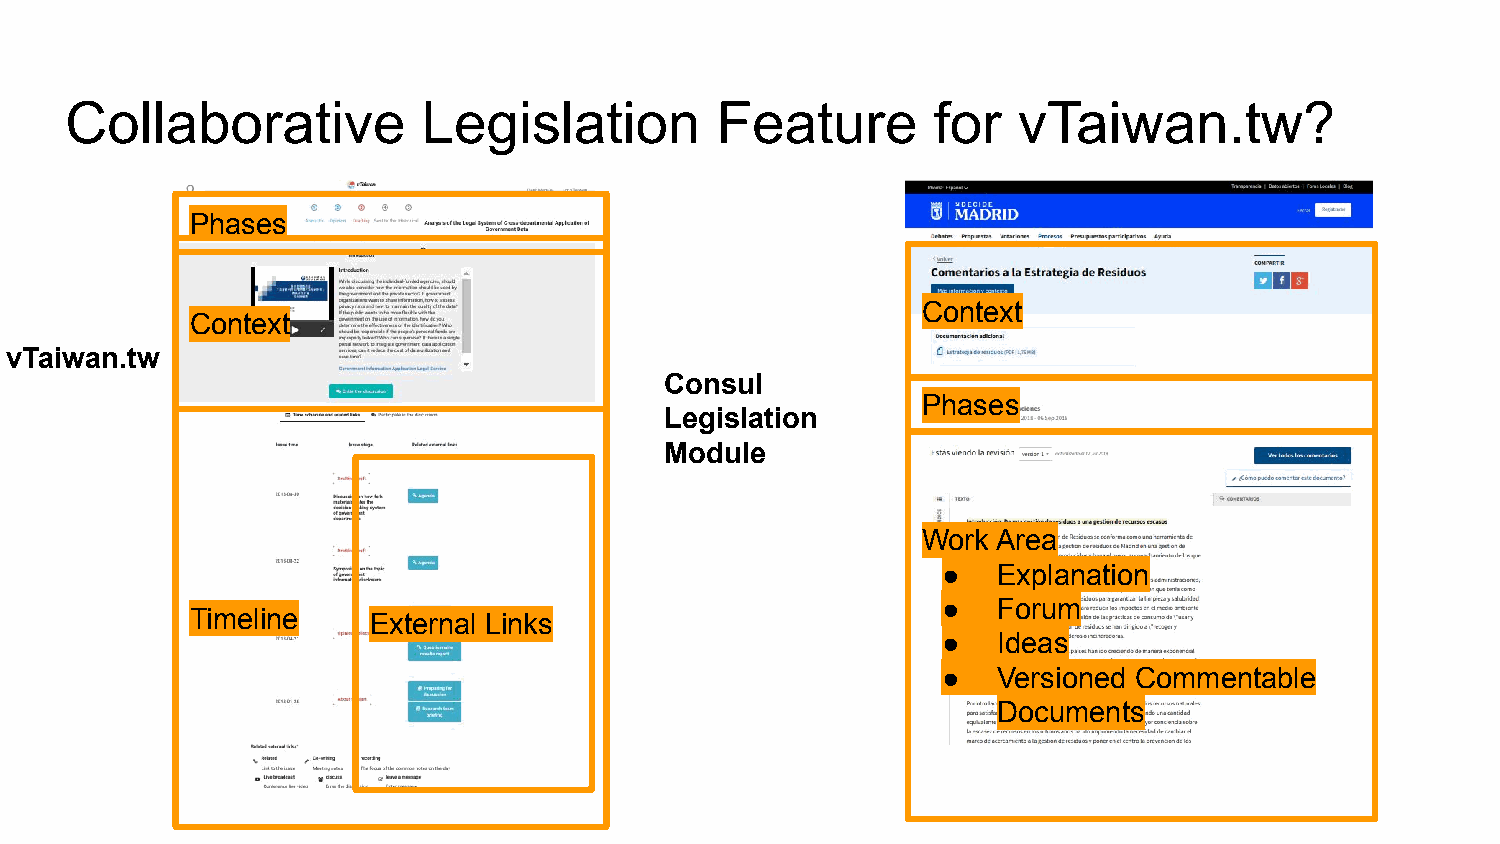
Collaborative           Legislation        Feature        for  vTaiwan.tw?
 Phases
 Context
 Context
 vTaiwan.tw
 Consul
 Phases
 Legislation
 Module
 Work Area
 ●   Explanation
 ●   Forum
 Timeline   External Links
 ●   Ideas
 ●   Versioned Commentable
 Documents